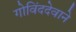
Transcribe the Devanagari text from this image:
गोविंददेवाने